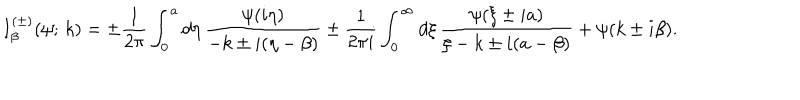
I _ { \beta } ^ { ( \pm ) } ( \psi ; \, k ) = \pm \frac { 1 } { 2 \pi } \int _ { 0 } ^ { a } d \eta \, \frac { \psi ( i \eta ) } { - k \pm i ( \eta - \beta ) } \pm \frac { 1 } { 2 \pi i } \int _ { 0 } ^ { \infty } d \xi \, \frac { \psi ( \xi \pm i a ) } { \xi - k \pm i ( a - \beta ) } + \psi ( k \pm i \beta ) .